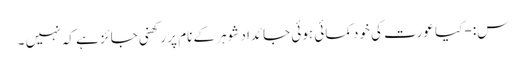
س:- کیا عورت کی خودکمائی ہوئی جائداد شوہر کے نام پر رکھنی جائز ہے کہ نہیں ۔